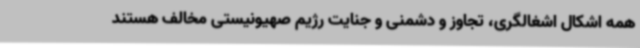
همه اشکال اشغالگری، تجاوز و دشمنی و جنایت رژیم صهیونیستی مخالف هستند